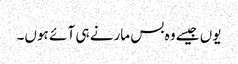
یوں جیسے وہ بس مارنے ہی آ ئے ہوں۔